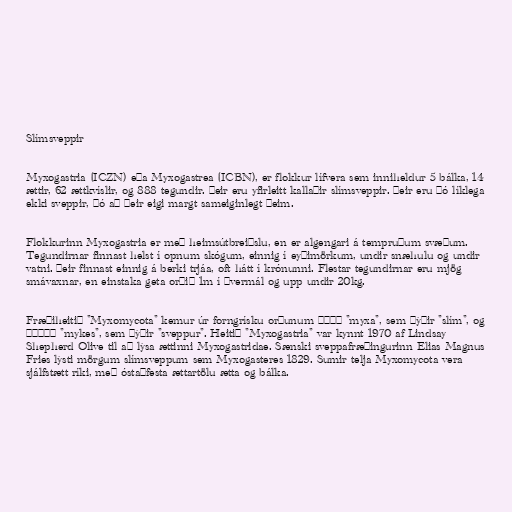
Slímsveppir

Myxogastria (ICZN) eða Myxogastrea (ICBN), er flokkur lífvera sem inniheldur 5 bálka, 14
ættir, 62 ættkvíslir, og 888 tegundir. Þeir eru yfirleitt kallaðir slímsveppir. Þeir eru þó líklega
ekki sveppir, þó að þeir eigi margt sameiginlegt þeim.

Flokkurinn Myxogastria er með heimsútbreiðslu, en er algengari á tempruðum svæðum.
Tegundirnar finnast helst í opnum skógum, einnig í eyðimörkum, undir snæhulu og undir
vatni. Þeir finnast einnig á berki trjáa, oft hátt í krónunni. Flestar tegundirnar eru mjög
smávaxnar, en einstaka geta orðið 1m í þvermál og upp undir 20kg.

Fræðiheitið "Myxomycota" kemur úr forngrísku orðunum μύξα "myxa", sem þýðir "slím", og
μύκης "mykes", sem þýðir "sveppur". Heitið "Myxogastria" var kynnt 1970 af Lindsay
Shepherd Olive til að lýsa ættinni Myxogastridae. Sænski sveppafræðingurinn Elias Magnus
Fries lýsti mörgum slímsveppum sem Myxogasteres 1829. Sumir telja Myxomycota vera
sjálfstætt ríki, með óstaðfesta ættartölu ætta og bálka.